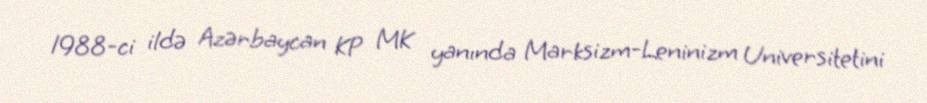
1988-ci ildə Azərbaycan KP MK yanında Marksizm-Leninizm Universitetini